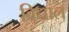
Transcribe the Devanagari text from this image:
विधाल